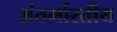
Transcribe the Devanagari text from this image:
अंतर्भारतीय